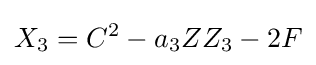
X_{3}=C^{2}-a_{3}ZZ_{3}-2F